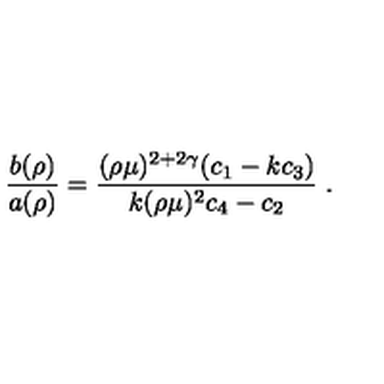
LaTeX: \left. \frac { b ( \rho ) } { a ( \rho ) } = \frac { ( \rho \mu ) ^ { 2 + 2 \gamma } ( c _ { 1 } - k c _ { 3 } ) } { k ( \rho \mu ) ^ { 2 } c _ { 4 } - c _ { 2 } } \right. .